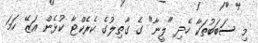
މި ސަބަބުތަކާ ހެެދި "ލީނާ" ގެ ގާތިލުގެ ކެރެކްޓާ ކުޅެން އަޒޭ ހަމަ